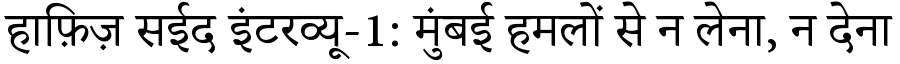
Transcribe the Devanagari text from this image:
हाफ़िज़ सईद इंटरव्यू-1: मुंबई हमलों से न लेना, न देना